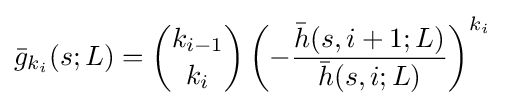
{\bar {g}}_{k_{i}}(s;L)={\binom {k_{i-1}}{k_{i}}}\left(-{\frac {{\bar {h}}(s,i+1;L)}{{\bar {h}}(s,i;L)}}\right)^{k_{i}}